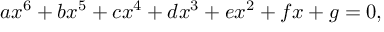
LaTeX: a x ^ { 6 } + b x ^ { 5 } + c x ^ { 4 } + d x ^ { 3 } + e x ^ { 2 } + f x + g = 0 ,